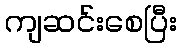
ကျဆင်းစေပြီး